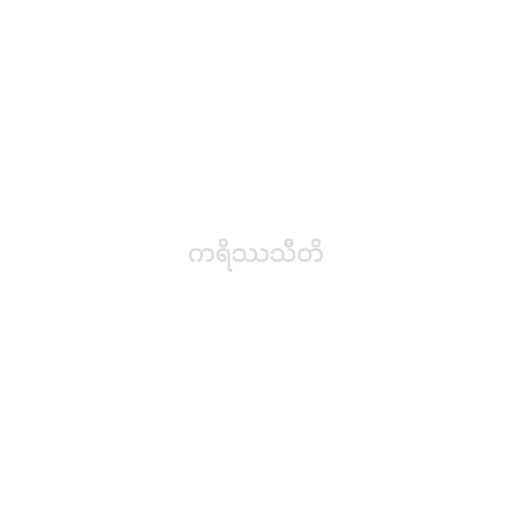
ကရိဿသီတိ